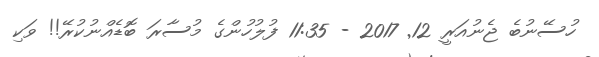
ހުސޭނުބެ ޖެނުއަރީ 12